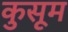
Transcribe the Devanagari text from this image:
कुसूम